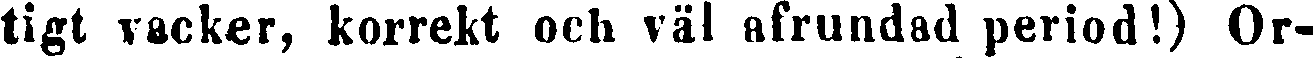
tigt vacker, korrekt och väl afrundad period!) Or-